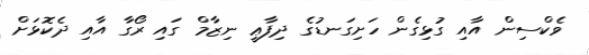
ވެކްސިން އާއި ގުޅިގެން ހަށިގަނޑުގެ ދިފާޢީ ނިޒާމް ގައި ރޯގާ އާއި ދެކޮޅަށް